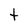
Character: t